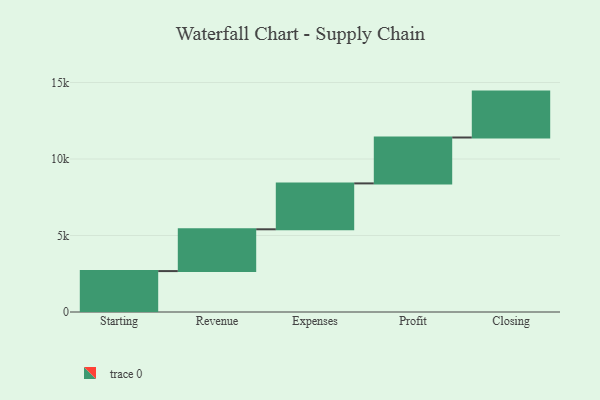
{"axis": {"x": "Step", "y": "Value"}, "legend": [""], "data": [{"x": "Starting", "y": 2674.0, "type": ""}, {"x": "Revenue", "y": 2732.0, "type": ""}, {"x": "Expenses", "y": 3000, "type": ""}, {"x": "Profit", "y": 3000, "type": ""}, {"x": "Closing", "y": 3000, "type": ""}]}